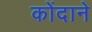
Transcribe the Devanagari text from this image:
कोंदाने